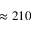
\approx 2 1 0